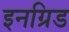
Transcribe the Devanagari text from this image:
इनग्रिड